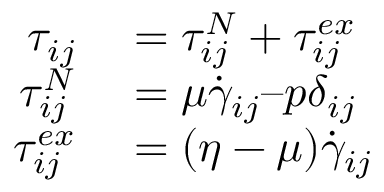
\begin{array} { r l } { \tau _ { i j } } & { { } = \tau _ { i j } ^ { N } + \tau _ { i j } ^ { e x } } \\ { \tau _ { i j } ^ { N } } & { { } = \mu \dot { \gamma } _ { i j } – p \delta _ { i j } } \\ { \tau _ { i j } ^ { e x } } & { { } = ( \eta - \mu ) \dot { \gamma } _ { i j } } \end{array}